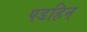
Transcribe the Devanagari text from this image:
पडहिन